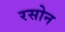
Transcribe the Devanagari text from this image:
रसोन